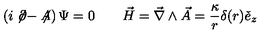
\left( i \not \! \partial - \not \! \! A \right) \Psi = 0 \qquad \vec { H } = \vec { \nabla } \wedge \vec { A } = \frac { \kappa } { r } \delta ( r ) \check { e } _ { z }